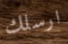
ارسلك